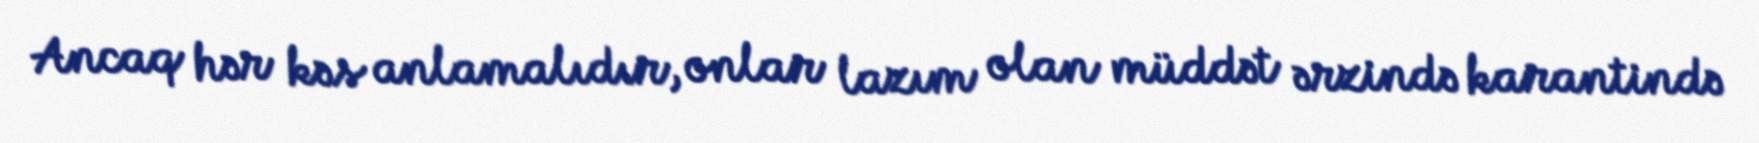
Ancaq hər kəs anlamalıdır, onlar lazım olan müddət ərzində karantində